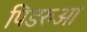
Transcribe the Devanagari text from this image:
पिडरुआ